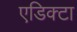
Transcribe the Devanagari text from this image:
एडिक्टा